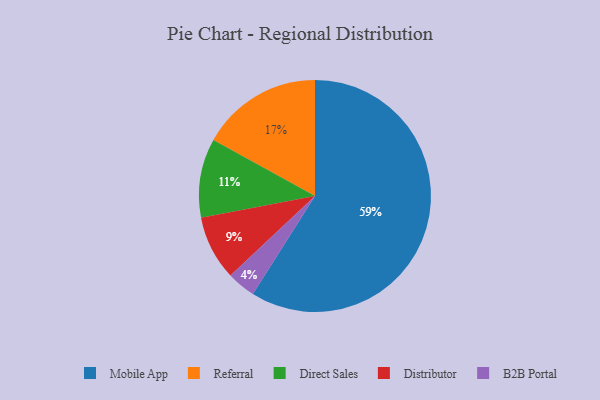
{"axis": {"x": "Category", "y": "Percentage"}, "legend": ["B2B Portal", "Direct Sales", "Distributor", "Mobile App", "Referral"], "data": [{"x": "Distributor", "y": 9, "type": "Distributor"}, {"x": "B2B Portal", "y": 4, "type": "B2B Portal"}, {"x": "Mobile App", "y": 59, "type": "Mobile App"}, {"x": "Referral", "y": 17, "type": "Referral"}, {"x": "Direct Sales", "y": 11, "type": "Direct Sales"}]}